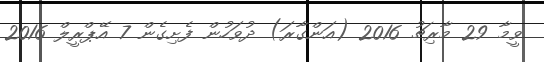
ވީމާ 29 މާރިޗު 2016 (އަންގާރަ) ދުވަހުން ފެށިގެން 7 އޭޕްރީލް 2016